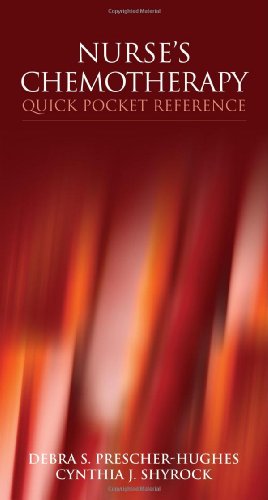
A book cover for Nurse's Chemotherapy Quick Pocket Reference; Debra S. Prescher-Hughes; Medical Books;